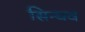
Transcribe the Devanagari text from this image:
सिन्धव